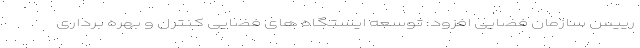
رییس سازمان فضایی افزود: توسعه ایستگاه های فضایی کنترل و بهره برداری